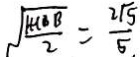
\sqrt { \frac { 1 + C B B } { 2 } } = \frac { 2 \sqrt { 5 } } { 5 . }